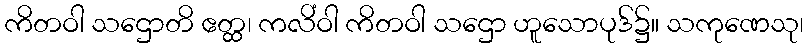
ကိတဝါ သဌောတိ ဧတ္ထ၊ ကလိံဝါ ကိတဝါ သဌော ဟူသောပုဒ်၌။ သကုဏေသု၊